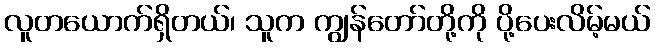
လူတယောက်ရှိတယ်၊ သူက ကျွန်တော်တို့ကို ပို့ပေးလိမ့်မယ်